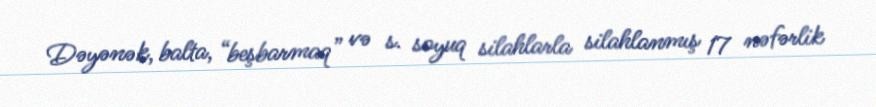
Dəyənək, balta, “beşbarmaq” və s. soyuq silahlarla silahlanmış 17 nəfərlik